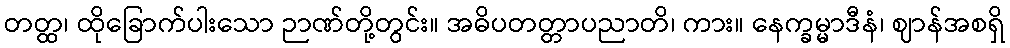
တတ္ထ၊ ထိုခြောက်ပါးသော ဉာဏ်တို့တွင်း။ အဓိပတတ္တာပညာတိ၊ ကား။ နေက္ခမ္မာဒီနံ၊ ဈာန်အစရှိ